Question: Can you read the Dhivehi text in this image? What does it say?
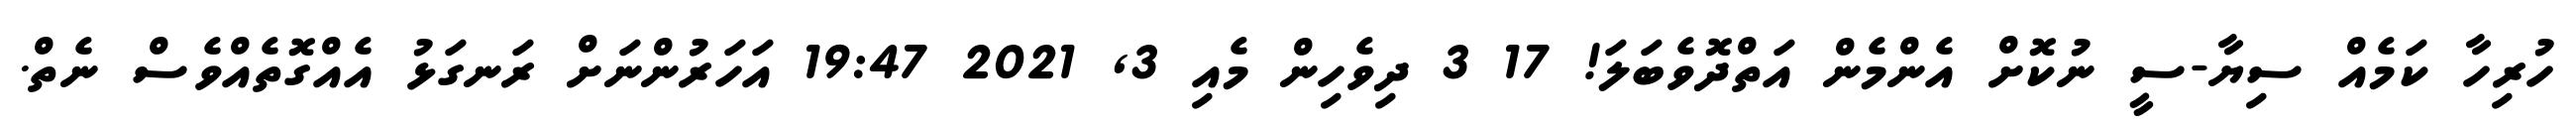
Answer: ހުރިހާ ކަމެއް ސިޔާ-ސީ ނުކޮށް އެންމެން އަތްދޮވެބަލަ! 17 3 ދިވެހިން މެއި 3, 2021 19:47 އަހަރުންނަށް ރަނގަޅު އެއްގޮތެއްވެސް ނެތް.